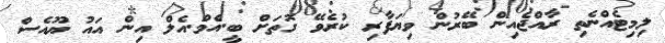
ލިމިޓެއްނެތި ރާއްޖެއިން ބޭރުން ވިޔަފާރި ކުރެވޭ ގޮތަށް ބީ.އެމް.އެލް އިން އައު ޔޫއެސް